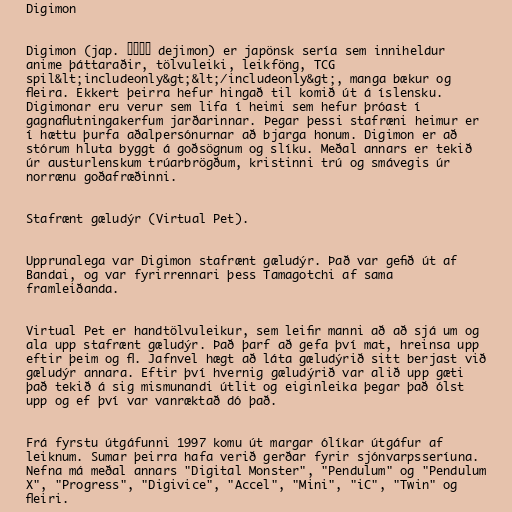
Digimon

Digimon (jap. デジモン dejimon) er japönsk sería sem inniheldur
anime þáttaraðir, tölvuleiki, leikföng, TCG
spil&lt;includeonly&gt;&lt;/includeonly&gt;, manga bækur og
fleira. Ekkert þeirra hefur hingað til komið út á íslensku.
Digimonar eru verur sem lifa í heimi sem hefur þróast í
gagnaflutningakerfum jarðarinnar. Þegar þessi stafræni heimur er
í hættu þurfa aðalpersónurnar að bjarga honum. Digimon er að
stórum hluta byggt á goðsögnum og slíku. Meðal annars er tekið
úr austurlenskum trúarbrögðum, kristinni trú og smávegis úr
norrænu goðafræðinni.

Stafrænt gæludýr (Virtual Pet).

Upprunalega var Digimon stafrænt gæludýr. Það var gefið út af
Bandai, og var fyrirrennari þess Tamagotchi af sama
framleiðanda.

Virtual Pet er handtölvuleikur, sem leifir manni að að sjá um og
ala upp stafrænt gæludýr. Það þarf að gefa því mat, hreinsa upp
eftir þeim og fl. Jafnvel hægt að láta gæludýrið sitt berjast við
gæludýr annara. Eftir því hvernig gæludýrið var alið upp gæti
það tekið á sig mismunandi útlit og eiginleika þegar það ólst
upp og ef því var vanræktað dó það.

Frá fyrstu útgáfunni 1997 komu út margar ólíkar útgáfur af
leiknum. Sumar þeirra hafa verið gerðar fyrir sjónvarpsseríuna.
Nefna má meðal annars "Digital Monster", "Pendulum" og "Pendulum
X", "Progress", "Digivice", "Accel", "Mini", "iC", "Twin" og
fleiri.